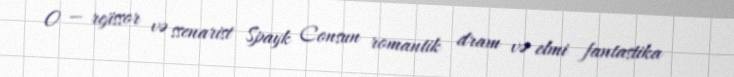
O — rejissor və ssenarist Spayk Consun romantik dram və elmi fantastika